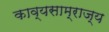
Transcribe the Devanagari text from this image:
काव्यसाम्राज्य